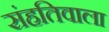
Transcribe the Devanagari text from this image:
संहतिवाला